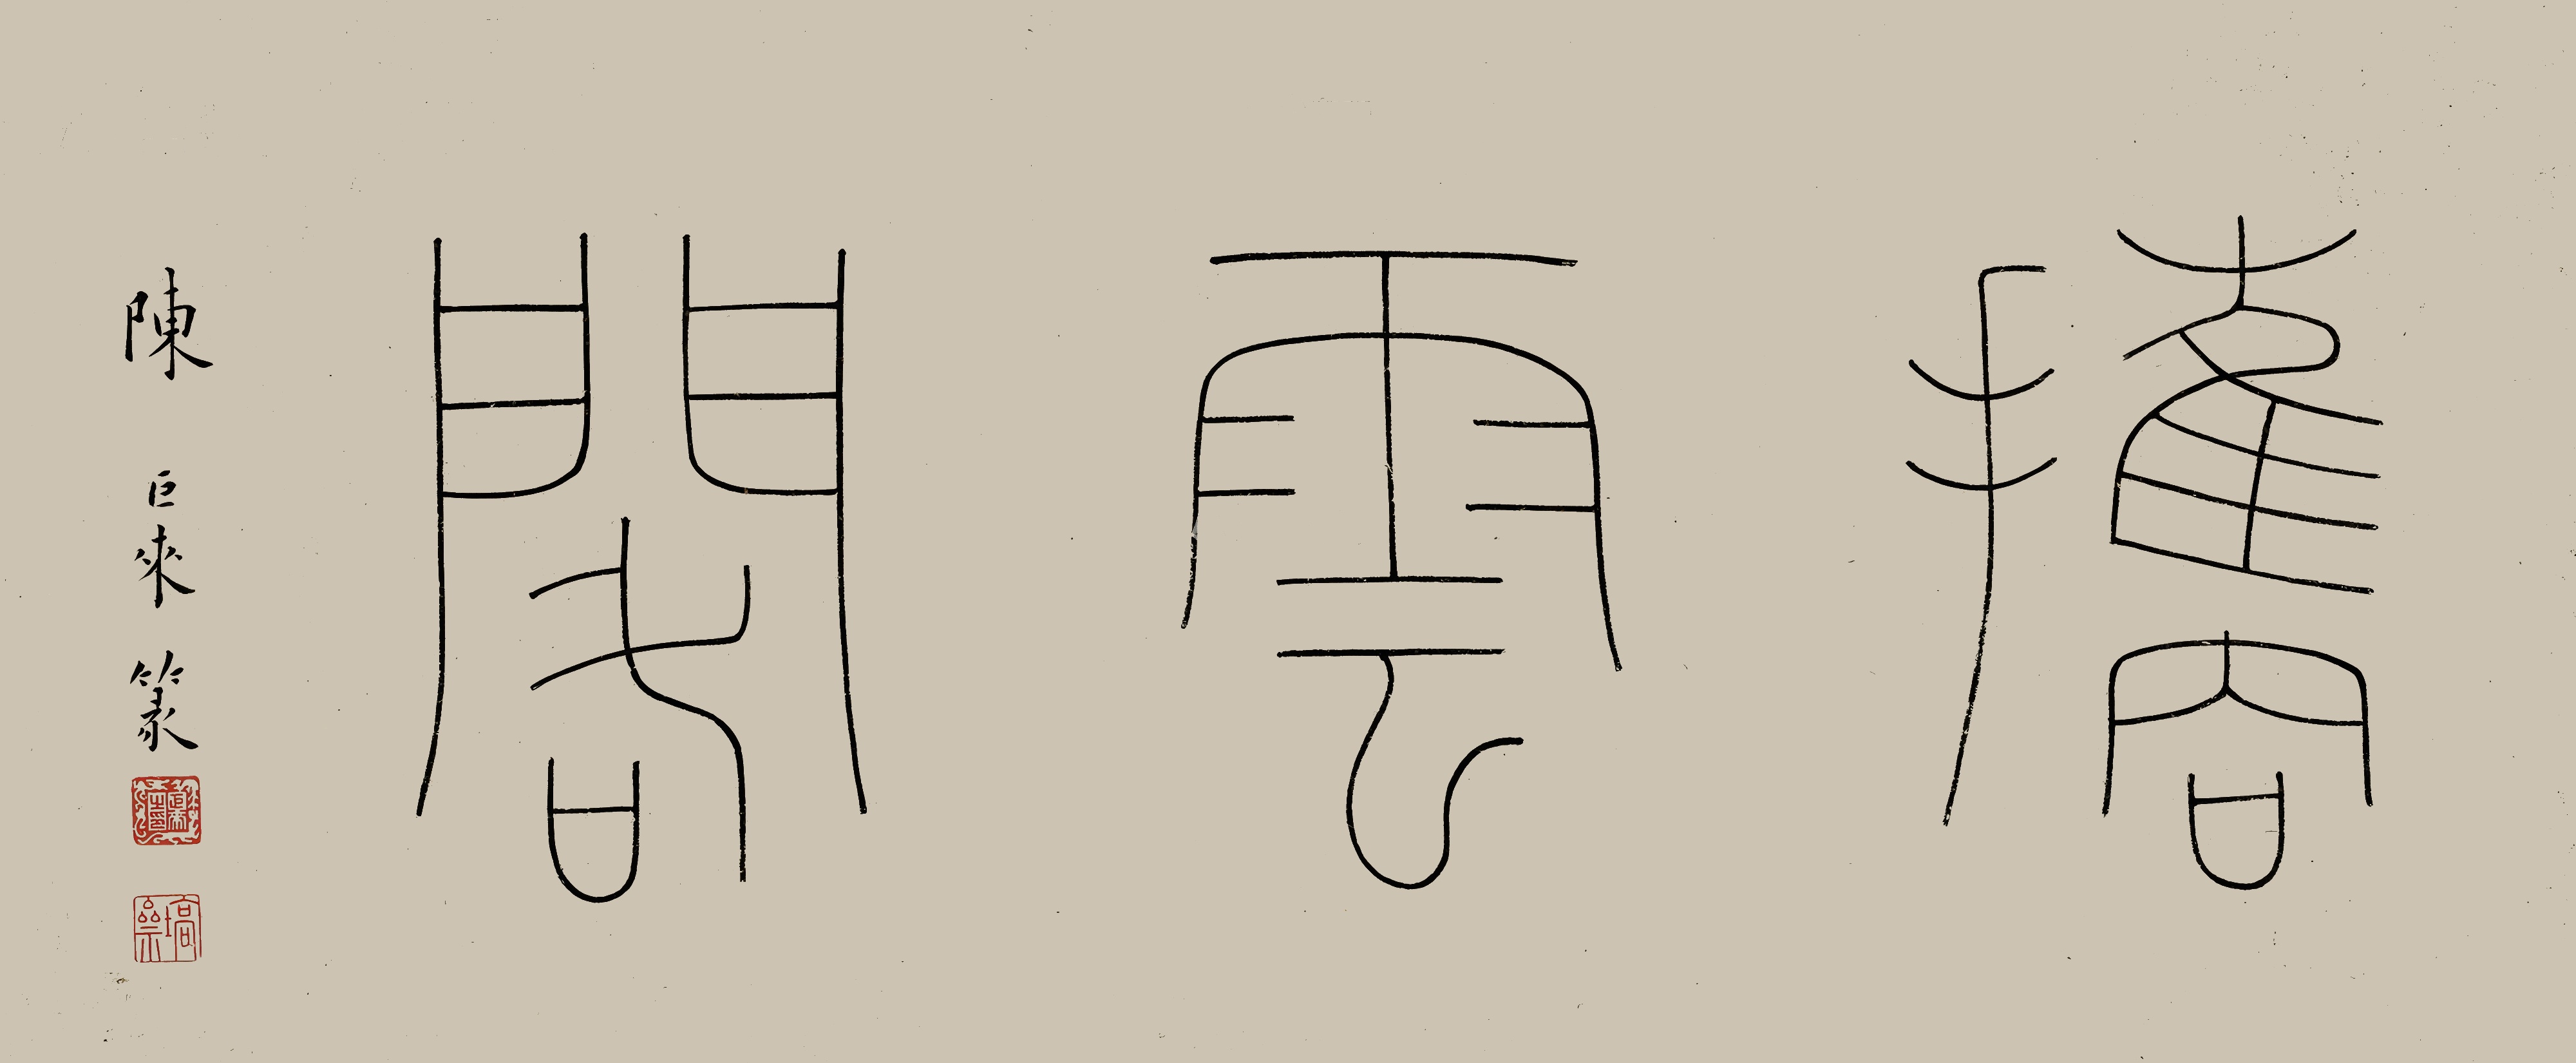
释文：携云阁。陈巨来篆。